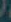
)